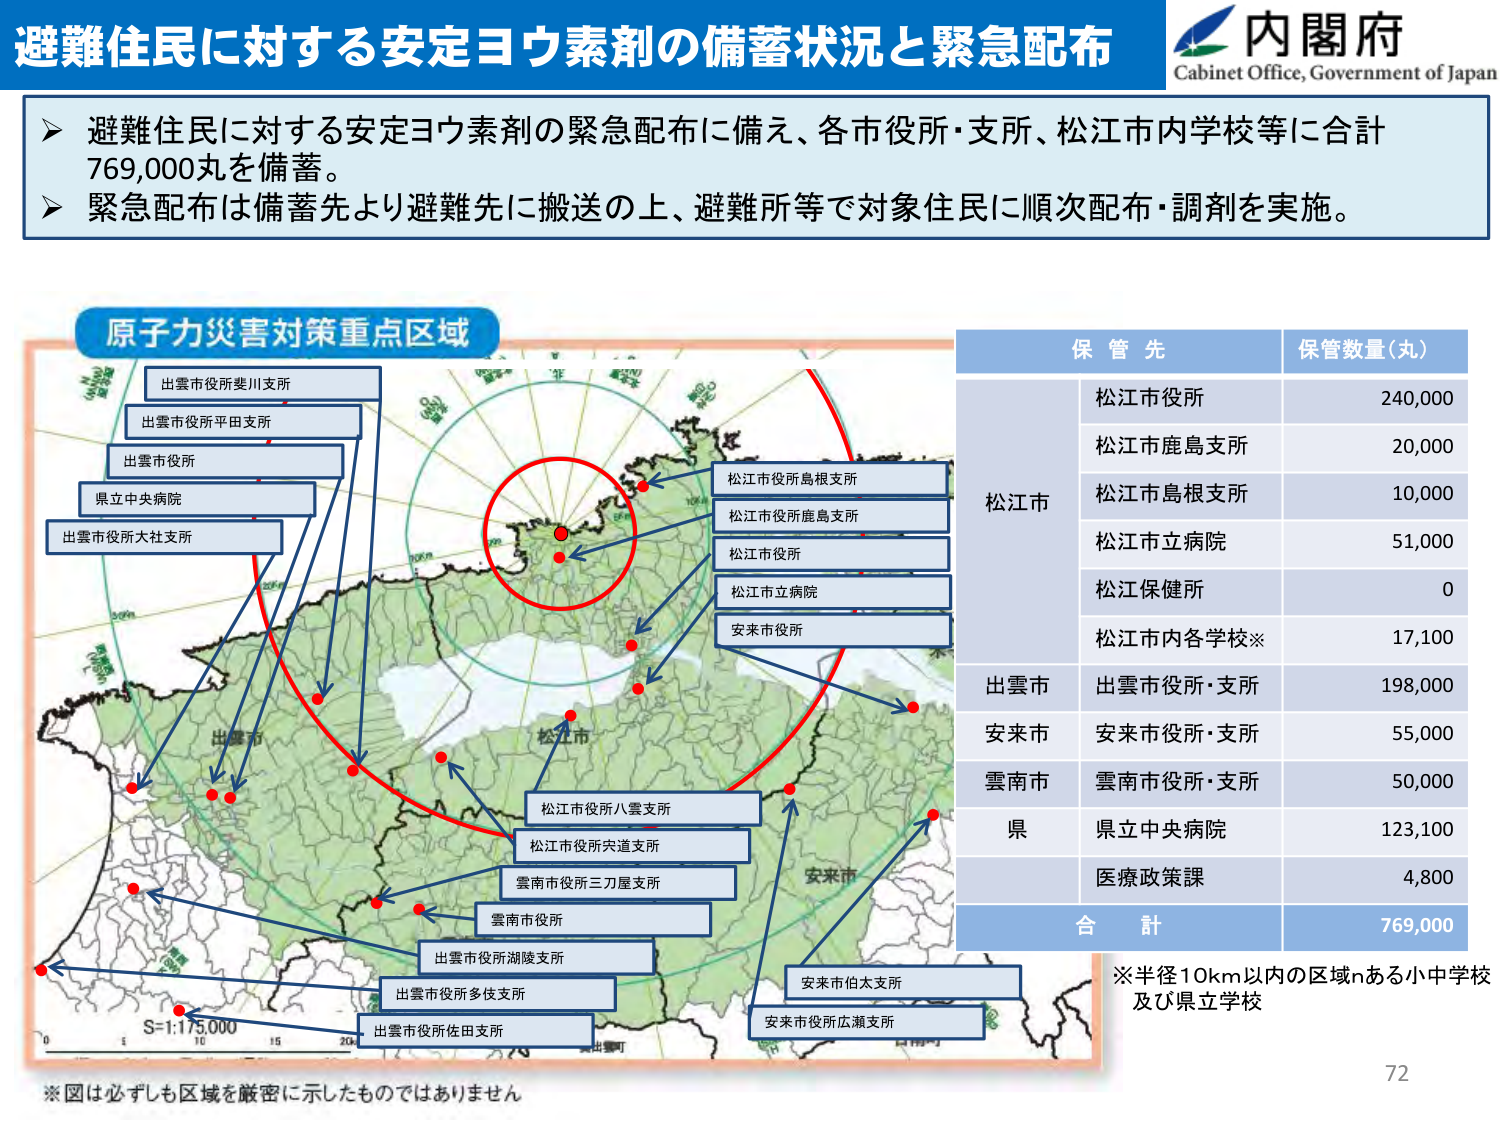
避難住民に対する安定ヨウ素剤の備蓄状況と緊急配布
内閣府
Cabinet Office, Government of Japan

➤ 避難住民に対する安定ヨウ素剤の緊急配布に備え、各市役所・支所、松江市内学校等に合計769,000丸を備蓄。
➤ 緊急配布は備蓄先より避難先に搬送の上、避難所等で対象住民に順次配布・調剤を実施。

原子力災害対策重点区域

出雲市役所斐川支所
出雲市役所平田支所
出雲市役所
県立中央病院
出雲市役所大社支所

松江市役所島根支所
松江市役所鹿島支所
松江市役所
松江市立病院
安来市役所

松江市役所八雲支所
松江市役所宍道支所
雲南市役所三刀屋支所
雲南市役所
出雲市役所湖陵支所
出雲市役所多伎支所
出雲市役所佐田支所
安来市伯太支所
安来市役所広瀬支所

保管先 保管数量（丸）
松江市
　松江市役所 240,000
　松江市鹿島支所 20,000
　松江市島根支所 10,000
　松江市立病院 51,000
　松江保健所 0
　松江市内各学校※ 17,100
出雲市 出雲市役所・支所 198,000
安来市 安来市役所・支所 55,000
雲南市 雲南市役所・支所 50,000
県 県立中央病院 123,100
　医療政策課 4,800
合計 769,000

※半径10km以内の区域にある小中学校及び県立学校

※図は必ずしも区域を厳密に示したものではありません
S=1:175,000
72